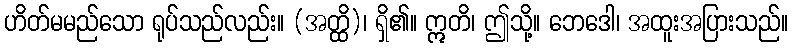
ဟိတ်မမည်သော ရုပ်သည်လည်း။ (အတ္ထိ)၊ ရှိ၏။ ဣတိ၊ ဤသို့။ ဘေဒေါ၊ အထူးအပြားသည်။